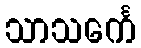
သာသင်္ကေ